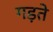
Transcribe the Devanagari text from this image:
गड़ते